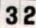
32